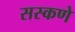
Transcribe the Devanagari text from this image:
सस्कणे